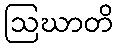
ဩဃာတိ